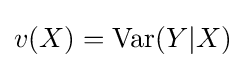
v(X)=\operatorname {Var} (Y|X)